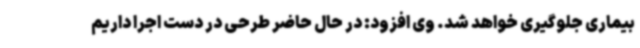
بیماری جلوگیری خواهد شد. وی افزود: در حال حاضر طرحی در دست اجرا داریم